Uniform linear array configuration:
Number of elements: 64
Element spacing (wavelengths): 1
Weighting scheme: cosine
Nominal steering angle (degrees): -60
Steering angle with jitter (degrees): -61.059
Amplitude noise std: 0.05
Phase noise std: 0.05

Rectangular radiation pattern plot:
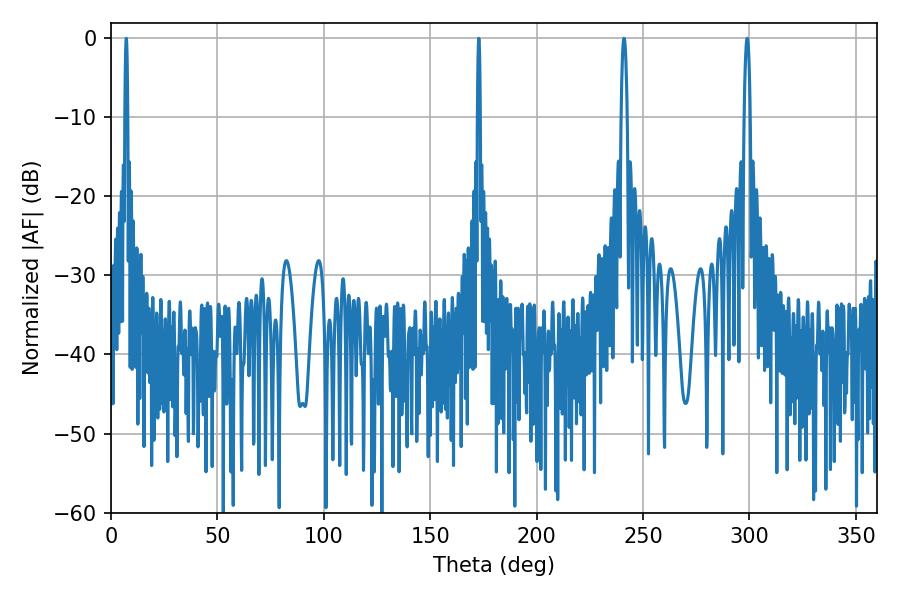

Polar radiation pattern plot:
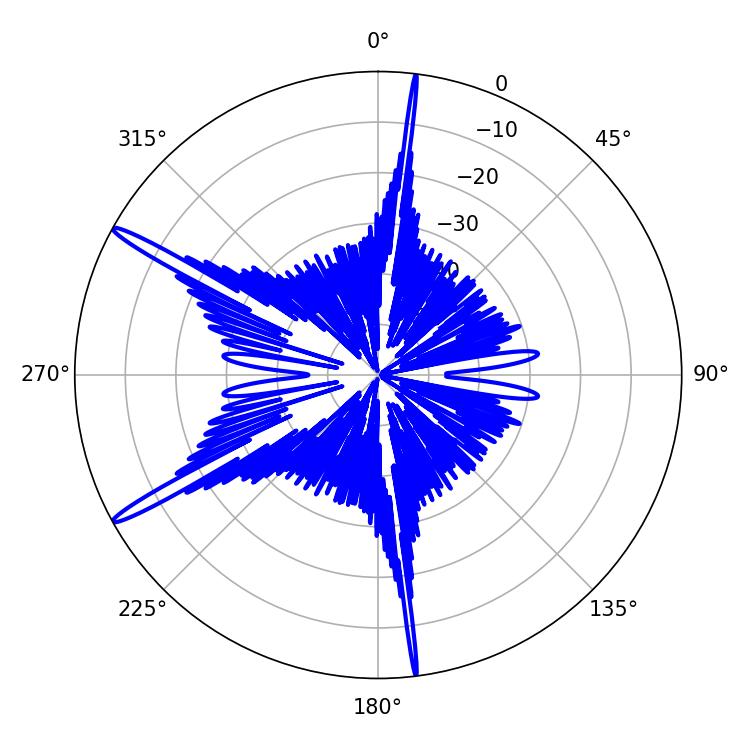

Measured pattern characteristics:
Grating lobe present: TRUE
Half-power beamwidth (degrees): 1.62
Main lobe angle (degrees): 241.02